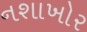
નશાખોર